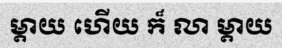
ម្តាយ ហើយ ក៏ លា ម្តាយ